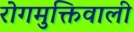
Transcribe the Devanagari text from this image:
रोगमुक्तिवाली